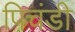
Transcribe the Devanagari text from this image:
पिचंडी